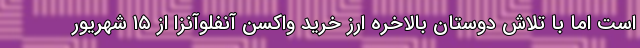
است اما با تلاش دوستان بالاخره ارز خرید واکسن آنفلوآنزا از ۱۵ شهریور